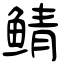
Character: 鲭